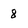
Character: 8